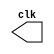
// ---------------------
// Guia 09_04 - Gerador de Pulsos
// Nome: Bruno Cezar Andrade Viallet
// ---------------------

//----------------------------
//-- Clock
//----------------------------

module clock (clk);
 output clk;
 reg    clk;

 initial
  begin
   clk = 1'b0;
  end

 always
  begin
   #4 clk = ~clk;
  end
endmodule // clock

//----------------------------
//-- Pulse
//----------------------------

module pulse (signal, clock);
 input  clock;
 output signal;
 reg    signal;

 always @ (negedge clock)
  begin
       signal = 1'b0;
  #16  signal = 1'b1;
  #16  signal = 1'b0;
    
  end
endmodule // pulse

//----------------------------
//-- Test
//----------------------------

module testpulse;
 wire  clock;
 clock clk (clock);
 wire  s1;

 pulse   pulse1   (s1, clock);

 initial begin
  $display ("Guia09_04 - Bruno Cezar Andrade Viallet - 396679");
  $dumpfile ("Guia09_04.vcd");
  $dumpvars (1, clock, s1);
   #480 $finish;

 end

endmodule // testpulse